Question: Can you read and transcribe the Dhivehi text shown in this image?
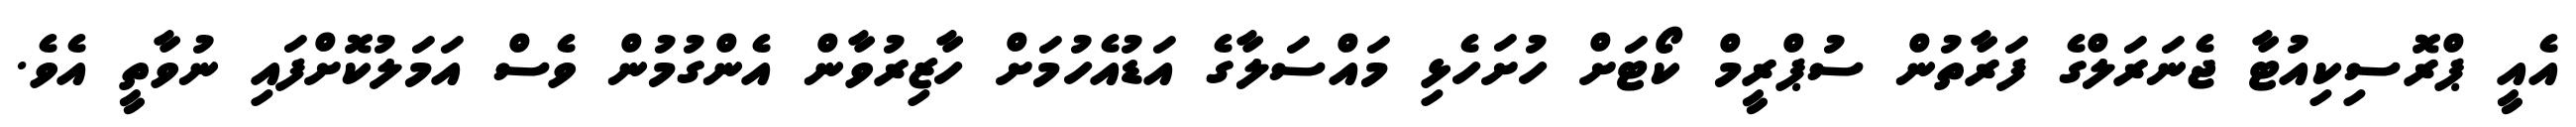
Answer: އެއީ ޕްރޮސިކިއުޓާ ޖެނަރަލްގެ ފަރާތުން ސުޕްރީމް ކޯޓަށް ހުށަހެޅި މައްސަލާގެ އަޑުއެހުމަށް ހާޒިރުވާން އެންގުމުން ވެސް އަމަލުކޮށްފައި ނުވާތީ އެވެ.